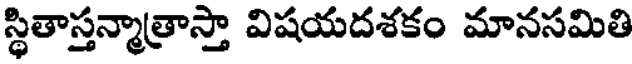
స్థితాస్తన్మాత్రాస్తా విషయదశకం మానసమితి